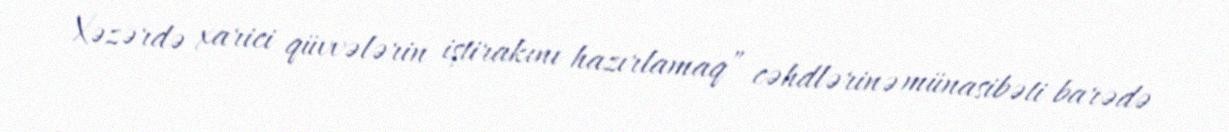
Xəzərdə xarici qüvvələrin iştirakını hazırlamaq” cəhdlərinə münasibəti barədə